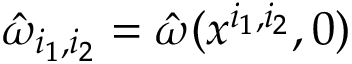
\hat { \omega } _ { i _ { 1 } , i _ { 2 } } = \hat { \omega } ( x ^ { i _ { 1 } , i _ { 2 } } , 0 )